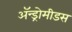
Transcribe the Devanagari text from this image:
ॲन्ड्रोमीडस